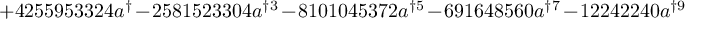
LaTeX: + 4 2 5 5 9 5 3 3 2 4 a ^ { \dag } - 2 5 8 1 5 2 3 3 0 4 a ^ { \dag 3 } - 8 1 0 1 0 4 5 3 7 2 a ^ { \dag 5 } - 6 9 1 6 4 8 5 6 0 a ^ { \dag 7 } - 1 2 2 4 2 2 4 0 a ^ { \dag 9 }